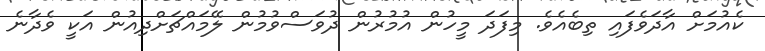
ކެއުމަށް އާދަވެފައި ތިބެއެވެ. މިފަދަ މީހުން އުމުރުން ދުވަސްވުމުން ލޭމައްޗަށްދިއުން އަކީ ވެދާނެ